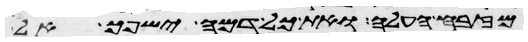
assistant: מזבח העלה ואת כל דמה ישפך אל